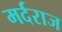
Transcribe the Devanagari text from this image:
मर्दराज